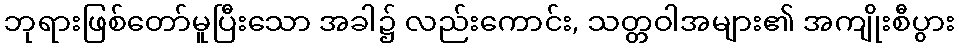
ဘုရားဖြစ်တော်မူပြီးသော အခါ၌ လည်းကောင်း, သတ္တဝါအများ၏ အကျိုးစီပွား